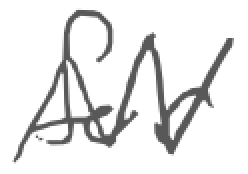
Text: for
Cross-out: zig-zag
Writing tool: digital_gray